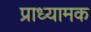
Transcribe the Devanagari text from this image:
प्राध्यामक